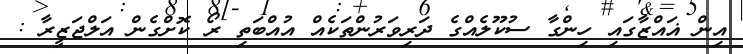
އިން ޣައްޒާގައި ހިންގާ ސުކޫލެއްގެ ދަރިވަރުންތަކެއް އުއްބަތި ރޯ ކޮށްގެން އަލްޖަޒީރާ :